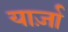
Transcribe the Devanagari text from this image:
यार्ज़ा